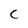
Character: c